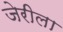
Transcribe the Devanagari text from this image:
जेरीला